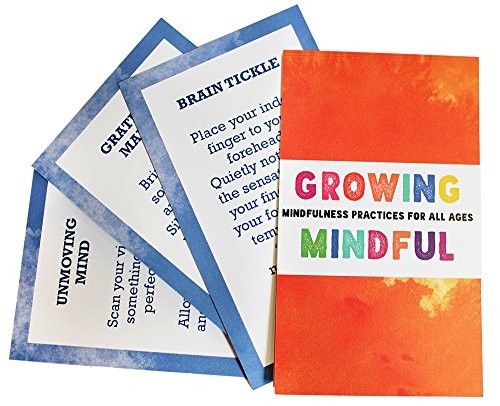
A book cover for Growing Mindful; Christopher Willard; Humor & Entertainment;